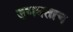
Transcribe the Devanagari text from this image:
उगवताच